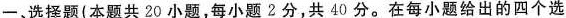
一、选择题（本题共20小题，每小题2分，共40分。在每小题给出的四个选）